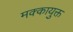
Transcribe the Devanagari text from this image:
मक्कायुक्त